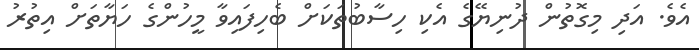
އެވެ. އަދި މިގޮތުން ދުނިޔޭގެ އެކި ހިސާބުތަކަށް ބެހިފައިވާ މީހުންގެ ހަޔާތަށް އިތުރު